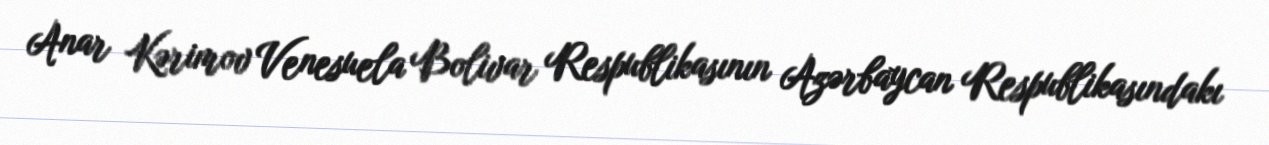
Anar Kərimov Venesuela Bolivar Respublikasının Azərbaycan Respublikasındakı